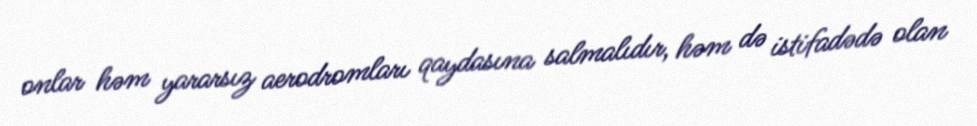
onlar həm yararsız aerodromları qaydasına salmalıdır, həm də istifadədə olan